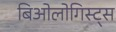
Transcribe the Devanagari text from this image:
बिओलोगिस्ट्स